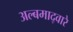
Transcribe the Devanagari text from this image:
अल्बमाद्वारे